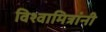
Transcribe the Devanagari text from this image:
विश्वामित्रांनी